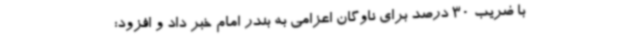
با ضریب 30 درصد برای ناوگان اعزامی به بندر امام خبر داد و افزود: